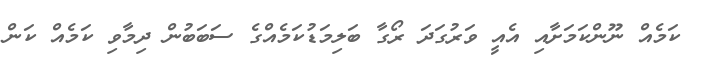
ކަމެއް ނޫންކަމަށާއި އެއީ ވަރުގަދަ ރޯގާ ބަލިމަޑުކަމެއްގެ ސަބަބުން ދިމާވި ކަމެއް ކަން